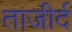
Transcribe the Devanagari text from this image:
ताजीर्द